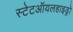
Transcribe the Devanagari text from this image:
स्टेटऑयलहाइड्रो